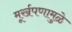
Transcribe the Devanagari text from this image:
मूर्खपणामुळे